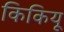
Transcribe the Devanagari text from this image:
किकियू